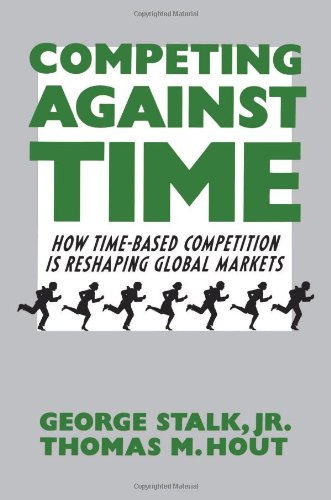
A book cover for Competing Against Time: How Time-Based Competition is Reshaping Global Markets; George Stalk; Business & Money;